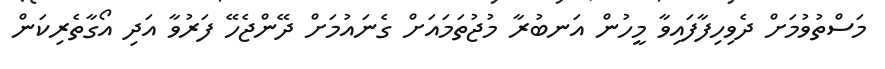
މަސްތުވުމަށް ދެވިހިފާފައިވާ މީހުން އަނބުރާ މުޖުތަމައަށް ގެނައުމަށް ދޭންޖެހޭ ފަރުވާ އަދި އޯގާތެރިކަން